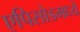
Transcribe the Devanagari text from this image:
एपिसोडमध्ये